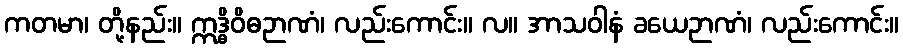
ကတမာ၊ တို့နည်း။ ဣဒ္ဓိဝိဓဉာဏံ၊ လည်းကောင်း။ လ။ အာသဝါနံ ခယေဉာဏံ၊ လည်းကောင်း။